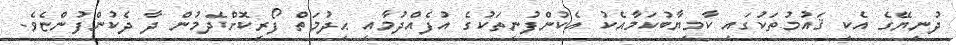
ދުނިޔޭގެ އެކި ޤައުމުތަކުގައި ކާމިޔާބުކަމާއެކު އެކުންފުނިތަކުގެ އުފެއްދުމާއި ޙިދުމަތް ފޯރިކޮށްދެމުން ދާ ދެކުންފުންޏެވެ.